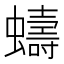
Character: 𫋤